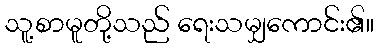
သူ့စာမူတို့သည် ရေးသမျှကောင်း၏။